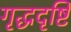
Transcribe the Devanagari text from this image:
गृद्धदृष्टि